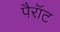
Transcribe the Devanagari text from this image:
पैरॉट